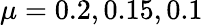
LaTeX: \mu=0.2,0.15,0.1